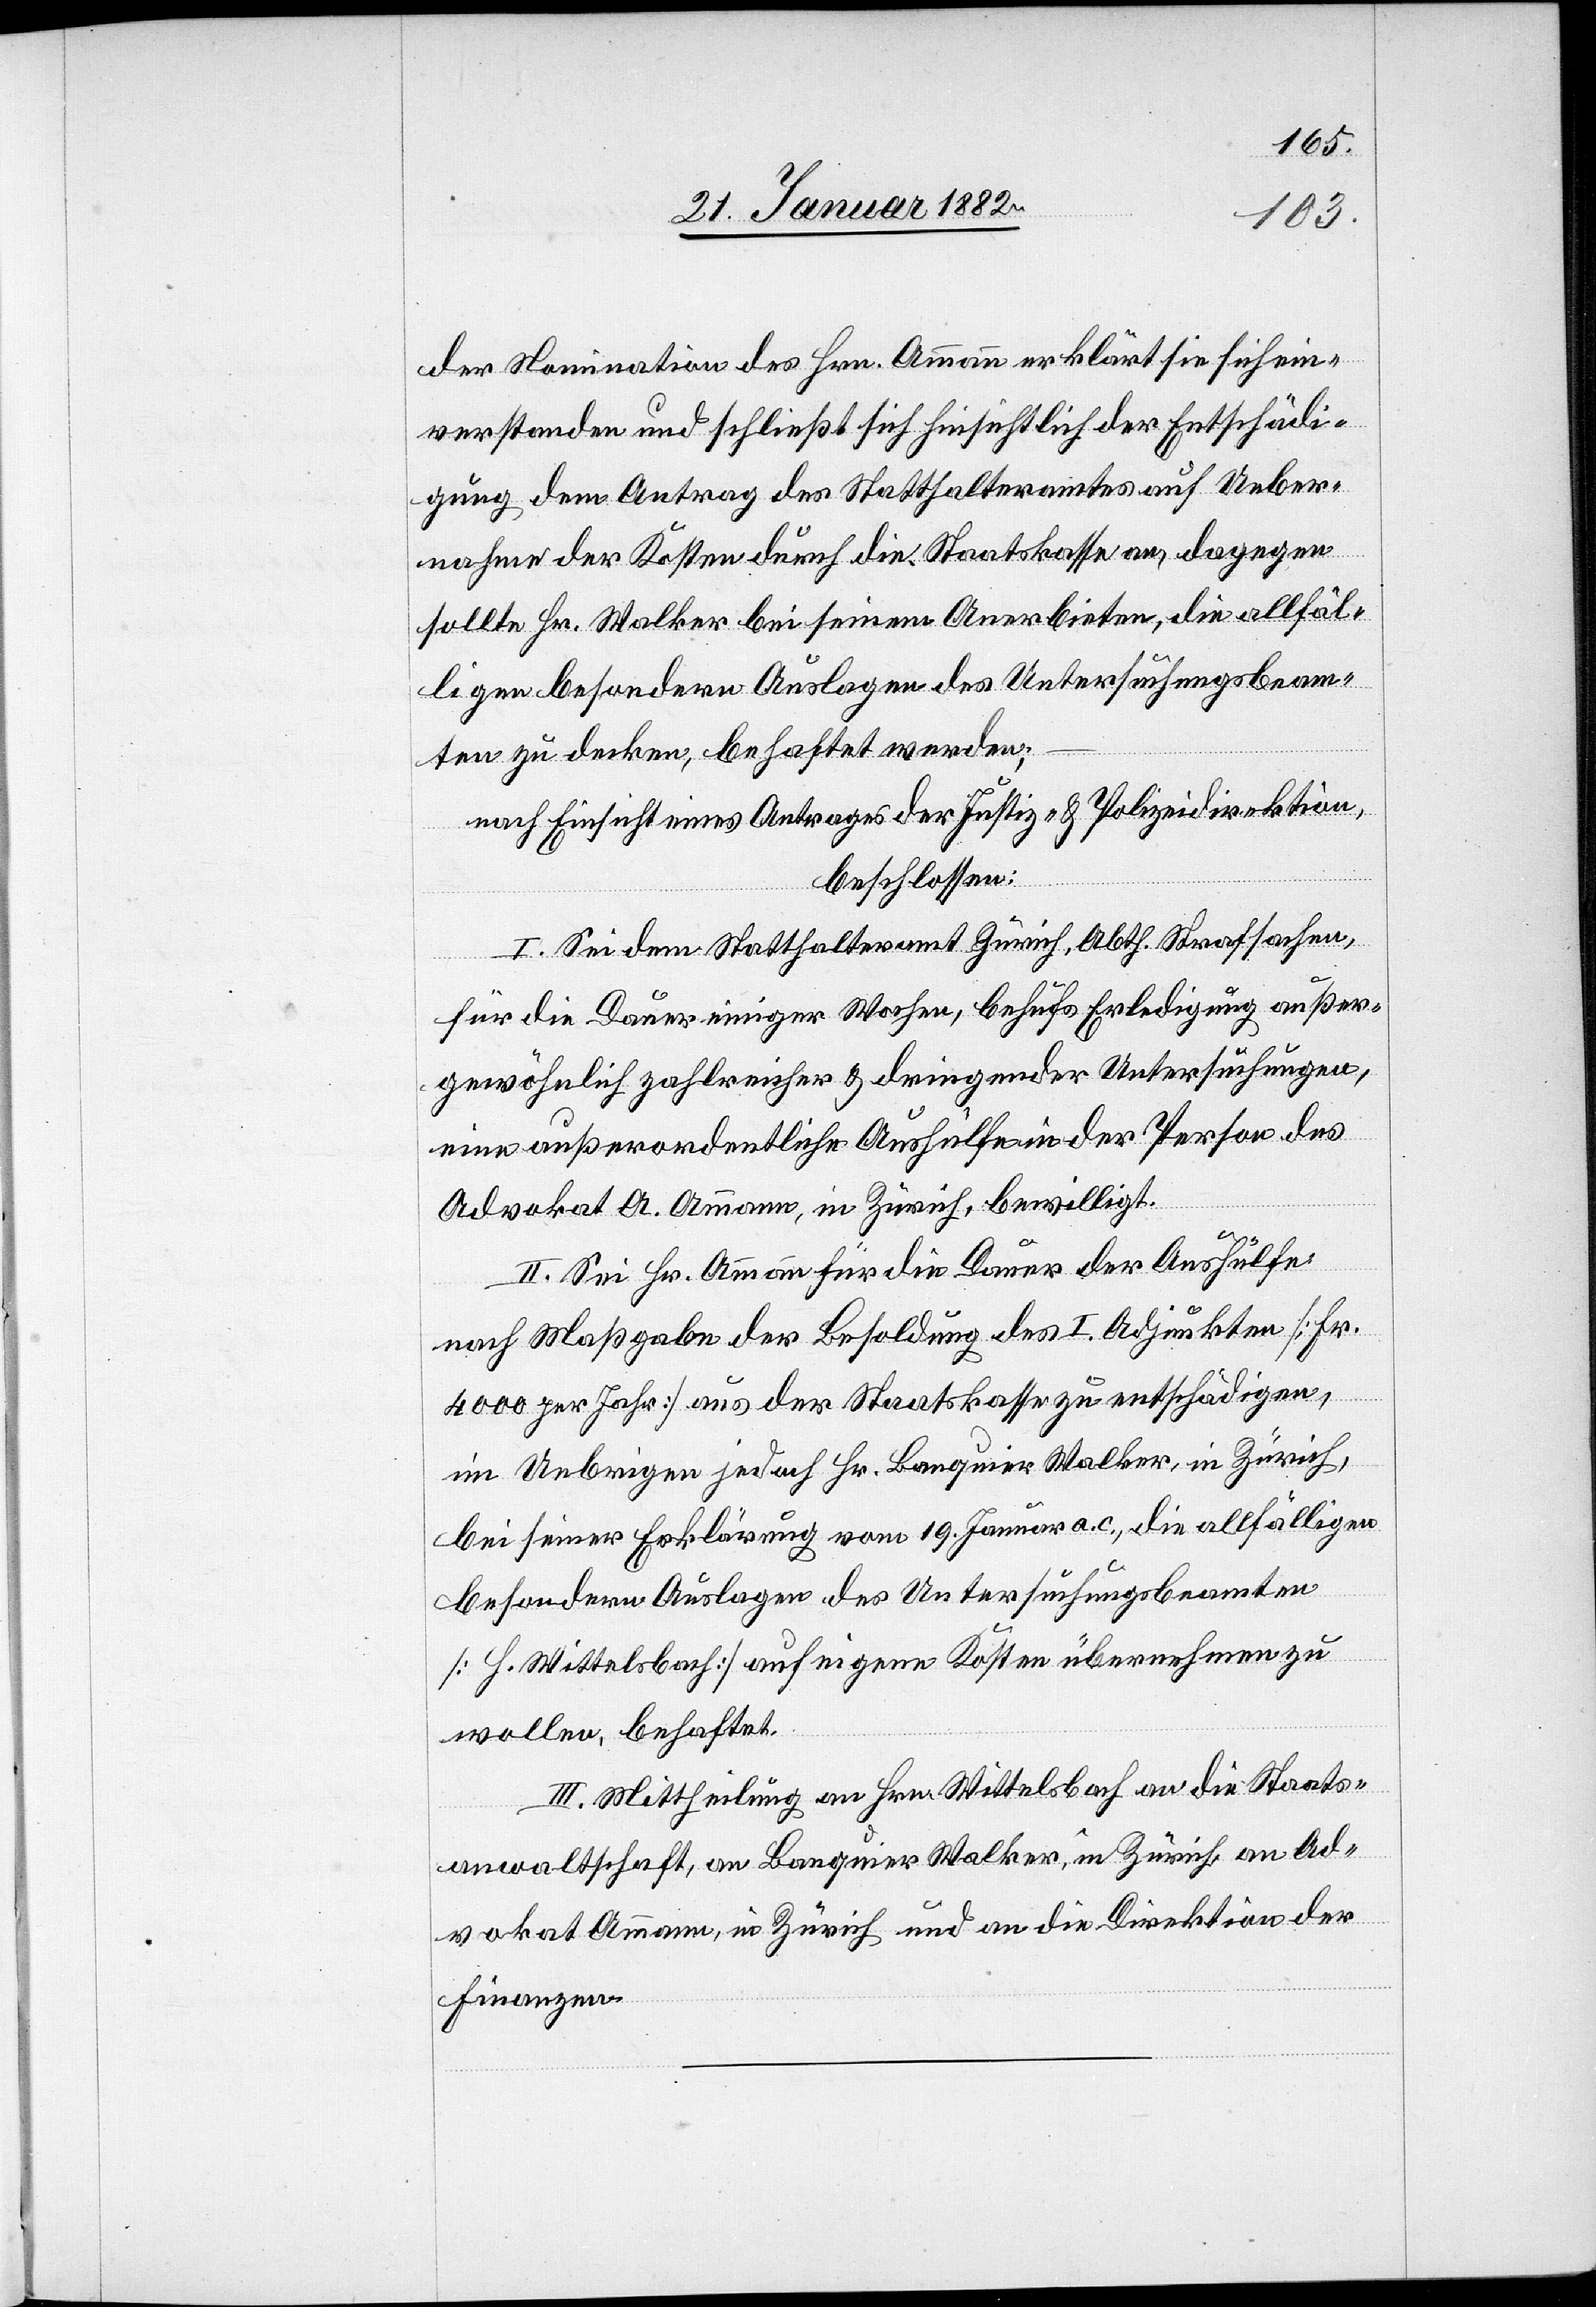
der Nomination des Hrn. Ammann erklärt sie sich ein¬
verstanden und schließt sich hinsichtlich der Entschädi¬
gung dem Antrag des Statthalteramtes auf Ueber¬
nahme der Kosten durch die Staatskasse an, dagegen
sollte Hr. Walker bei seinem Anerbieten, die allfäl¬
ligen besonderen Auslagen des Untersuchungsbeam¬
ten zu decken, behaftet werden;
nach Einsicht eines Antrages der Justiz- & Polizeidirektion,
beschlossen:
I. Sei dem Statthalteramt Zürich, Abth. Strafsachen,
für die Dauer einiger Wochen, behufs Erledigung außer¬
gewöhnlich zahlreicher & dringender Untersuchungen,
eine außerordentliche Aushülfe in der Person des
Advokat A. Ammann, in Zürich, bewilligt.
II Mittheilung an Hrn. Wittelsbach an die Staats¬
anwaltschaft, an Banquier Walker, in Zürich, an Ad¬
vokat Ammann, in Zürich und an die Direktion der
Finanzen.